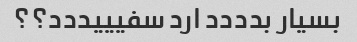
بسیار بدددد ارد سفیییددد؟؟